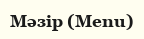
Мәзір (Menu)